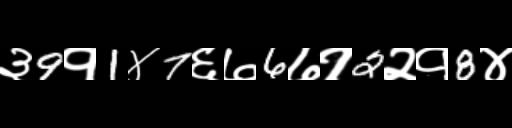
Text: ३9१1४7६७6७१2२१8४